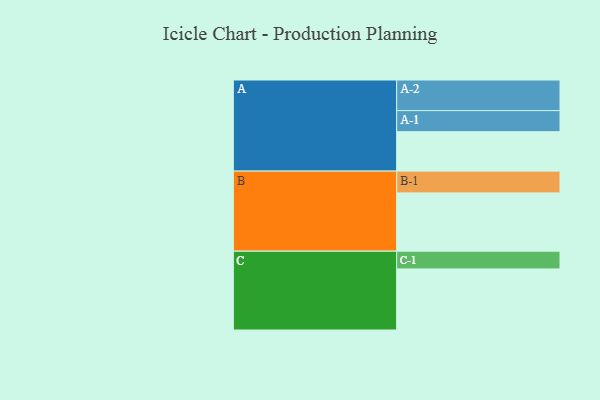
{"axis": {"x": "Segment", "y": "Value"}, "legend": ["", "A", "B", "C"], "data": [{"x": "A", "y": 349, "type": ""}, {"x": "B", "y": 516, "type": ""}, {"x": "C", "y": 541, "type": ""}, {"x": "A-1", "y": 187, "type": "A"}, {"x": "A-2", "y": 271, "type": "A"}, {"x": "B-1", "y": 193, "type": "B"}, {"x": "C-1", "y": 157, "type": "C"}]}